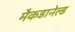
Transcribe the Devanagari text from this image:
मैकडानेल्ड